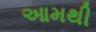
આમથી